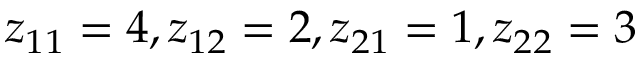
z _ { 1 1 } = 4 , z _ { 1 2 } = 2 , z _ { 2 1 } = 1 , z _ { 2 2 } = 3